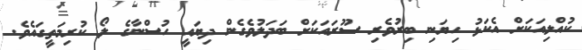
ކުއްލިއަކަށް އެކަޅު ހިޔަނި ބިރުވެރި ސޫރައަކަށް ބަދަލުވެގެން ދިޔައީ ހުސްނާގެ ލޯ ކުރިމަތީގައެވެ.